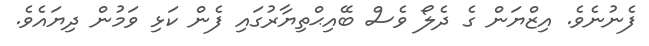
ފެނުނެވެ. އިޒްޔަން ގެ ދެލޯ ވެސް ބޭއިޙްތިޔާރުގައި ފެން ކަޅި ވަމުން ދިޔައެވެ.